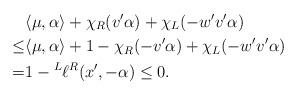
LaTeX: \begin{align*}&\langle\mu,\alpha\rangle + \chi_R(v'\alpha) + \chi_L(-w'v'\alpha)\\\leq&\langle\mu,\alpha\rangle + 1-\chi_R(-v'\alpha) +\chi_L(-w'v'\alpha)\\=&1-\prescript L{}{}\ell{}^R(x',-\alpha)\leq 0.\end{align*}